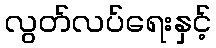
လွတ်လပ်ရေးနှင့်